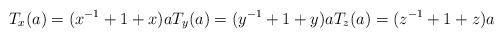
LaTeX: \begin{align*}T_x(a) = (x^{-1}+1+x)a T_y(a) = (y^{-1}+1+y)a T_z(a) =(z^{-1}+1+z)a\end{align*}